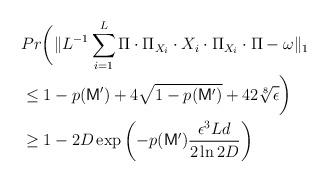
LaTeX: \begin{align*}&Pr \biggl( \lVert L^{-1}\sum_{i=1}^{L}\Pi\cdot\Pi_{X_i}\cdot X_i \cdot\Pi_{X_i} \cdot\Pi- \omega \rVert_1\allowdisplaybreaks\\&\leq 1-p(\mathsf{M}')+ 4\sqrt{1-p(\mathsf{M}')}+ 42 \sqrt[8]{\epsilon} \biggr)\allowdisplaybreaks\\ & \geq 1- 2D \exp\left( -p(\mathsf{M}')\frac{\epsilon^3Ld}{2\ln 2D} \right) \end{align*}